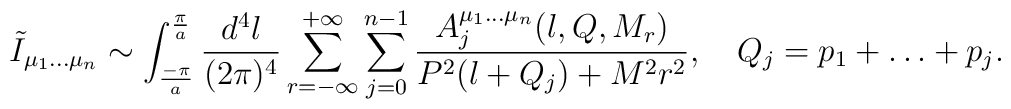
\tilde{I}_{\mu_1 \ldots \mu_n} \sim \int_{\frac{- \pi}{a}}^{\frac{\pi}{a}}\frac{d^4l}{(2 \pi)^4} \sum_{r=- \infty}^{+ \infty} \sum_{j=0}^{n-1}\frac{A_j^{\mu_1 \ldots \mu_n}(l,Q,M_r)}{P^2(l+Q_j)+M^2r^2}, \quad Q_j=p_1+\ldots + p_j.